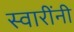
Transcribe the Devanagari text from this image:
स्वारींनी